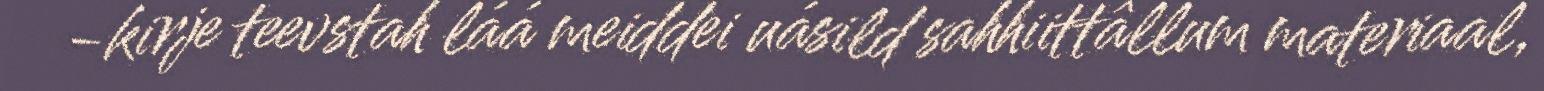
-kirje teevstah láá meiddei uásild sahhiittâllum materiaal,